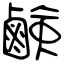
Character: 鹸